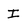
Character: I